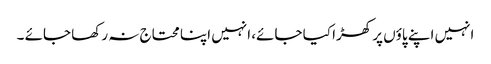
انہیں اپنے پاؤں پر کھڑا کیا جائے، انہیں اپنا محتاج نہ رکھا جائے ۔